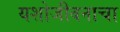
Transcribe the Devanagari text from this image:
यशोजीवनाचा